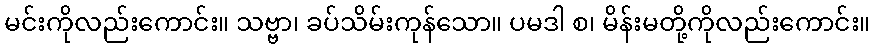
မင်းကိုလည်းကောင်း။ သဗ္ဗာ၊ ခပ်သိမ်းကုန်သော။ ပမဒါ စ၊ မိန်းမတို့ကိုလည်းကောင်း။